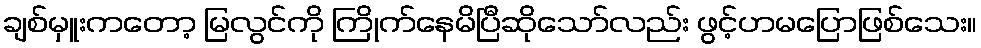
ချစ်မှူးကတော့ မြလွင်ကို ကြိုက်နေမိပြီဆိုသော်လည်း ဖွင့်ဟမပြောဖြစ်သေး။